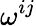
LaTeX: \omega^{ij}